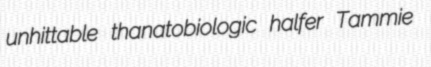
unhittable thanatobiologic halfer Tammie